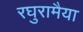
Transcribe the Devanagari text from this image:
रघुरामैया